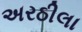
અરઠીલા